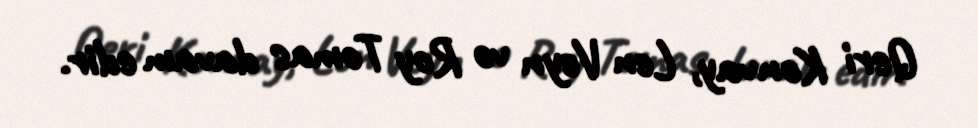
Qeri Konvay, Len Veyn və Roy Tomas davam edir.